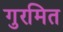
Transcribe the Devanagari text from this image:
गुरमित